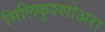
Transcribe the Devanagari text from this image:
मिलिकुश्शोअरा